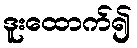
ဒူးထောက်၍